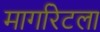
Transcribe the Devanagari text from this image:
मार्गारेटला